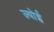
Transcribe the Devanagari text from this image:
ज्योई